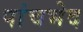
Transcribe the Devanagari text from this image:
पांचभेद